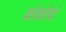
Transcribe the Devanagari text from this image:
कोकोपो